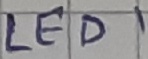
Text: LED1